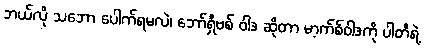
ဘယ်လို သဘော ပေါက်ရမလဲ၊ ဘော်ရှီဗစ် ဝါဒ ဆိုတာ မာ့က်စ်ဝါဒကို ပါတီရဲ့